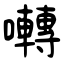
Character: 囀